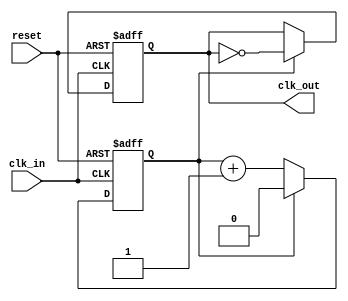
module ClockDivider #(
    parameter DIV_FACTOR = 2 // Division factor (must be >= 1)
)(
    input clk_in,           // Input clock signal
    input reset,           // Asynchronous reset signal
    output reg clk_out     // Output divided clock signal
);

    // Internal counter
    reg [$clog2(DIV_FACTOR)-1:0] counter; // Counter size based on the division factor

    always @(posedge clk_in or posedge reset) begin
        if (reset) begin
            counter <= 0;         // Reset counter
            clk_out <= 0;        // Reset output clock
        end else begin
            if (counter == (DIV_FACTOR - 1)) begin
                clk_out <= ~clk_out; // Toggle output clock
                counter <= 0;         // Reset counter
            end else begin
                counter <= counter + 1; // Increment counter
            end
        end
    end

endmodule